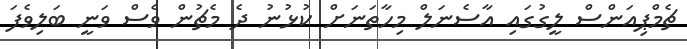
ޗެމްޕިއަންސް ލީގުގައި އާސެނަލް މިހާތަނަށް ކުޅުނު ދެ މެޗުން ވެސް ވަނީ ބަލިވެފަ